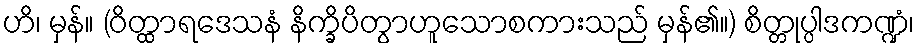
ဟိ၊ မှန်။ (ဝိတ္ထာရဒေသနံ နိက္ခိပိတွာဟူသောစကားသည် မှန်၏။) စိတ္တုပ္ပါဒကဏ္ဍံ၊